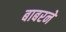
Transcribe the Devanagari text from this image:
बाबरने